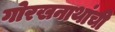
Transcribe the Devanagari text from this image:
गोरखनाथांची